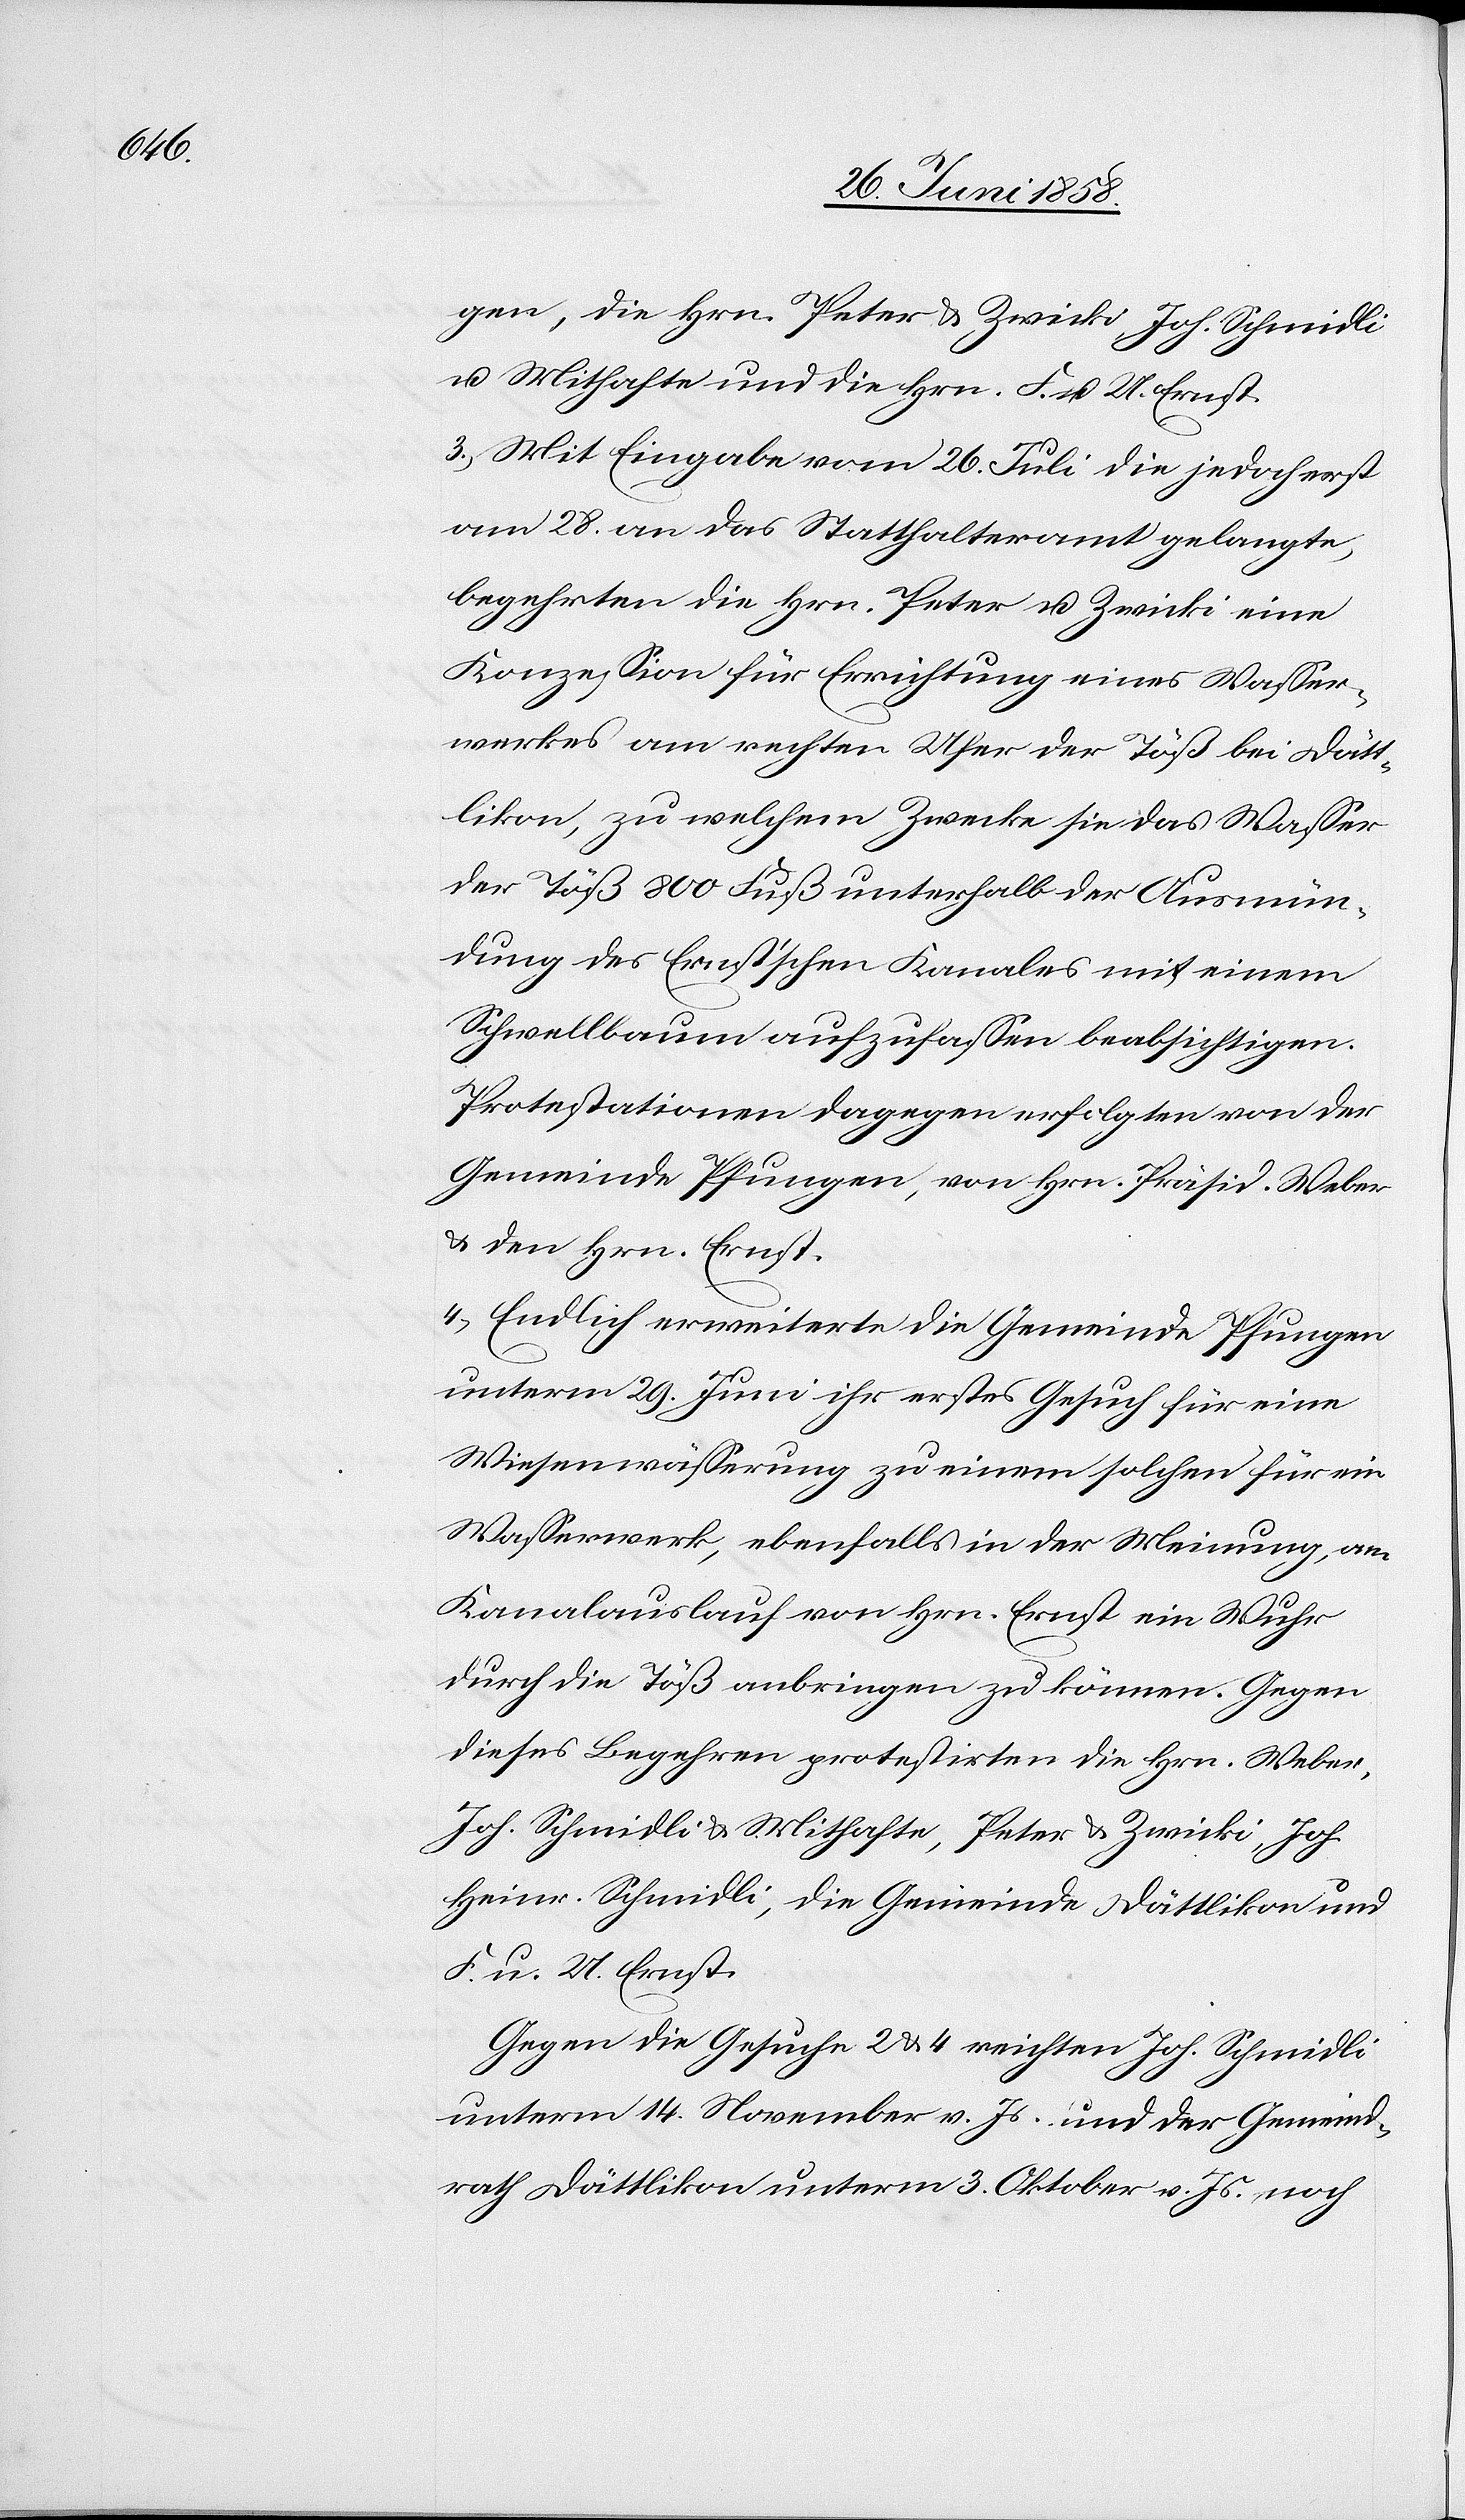
gen, die Hrn. Peter & Zwicki, Joh. Schmidli
u. Mithafte und die Hrn. F. u. U. Ernst.
3.) Mit Eingabe vom 26. Juli die jedoch erst
am 28. an das Statthalteramt gelangte,
begehrten die Hrn. Peter u. Zwicki eine
Konzession für Errichtung eines Wasser¬
werkes am rechten Ufer der Töß bei Dätt¬
likon, zu welchem Zwecke sie das Wasser
der Töß 800 Fuß unterhalb der Ausmün¬
dung des Ernst’schen Kanales mit einem
Schwellbaum aufzufassen beabsichtigen.
Protestationen dagegen erfolgten von der
Gemeinde Pfungen, von Hrn. Präsid. Weber
& den Hrn. Ernst.
4.) Endlich erweiterte die Gemeinde Pfungen
unterm 29. Juni ihr erstes Gesuch für eine
Wiesenwässerung zu einem solchen für ein
Wasserwerk, ebenfalls in der Meinung, am
Kanalauslauf von Hrn. Ernst ein Wuhr
durch die Töß anbringen zu können. Gegen
dieses Begehren protestirten die Hrn. Weber,
Joh. Schmidli & Mithafte, Peter & Zwicki, Joh.
Heinr. Schmidli, die Gemeinde Dättlikon und
F. u. U. Ernst.
Gegen die Gesuche 2 & 4 reichten Joh. Schmidli
unterm 14. November v. Js. und der Gemeind¬
rath Dättlikon unterm 3. Oktober v. Js., noch